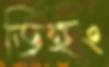
ডিহং